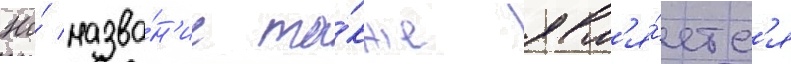
Но́ назва́н'ие та́кже явл'я́етс'я